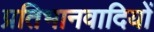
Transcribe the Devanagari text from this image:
प्रतिभानवादियों